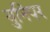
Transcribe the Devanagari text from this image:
युनिपर